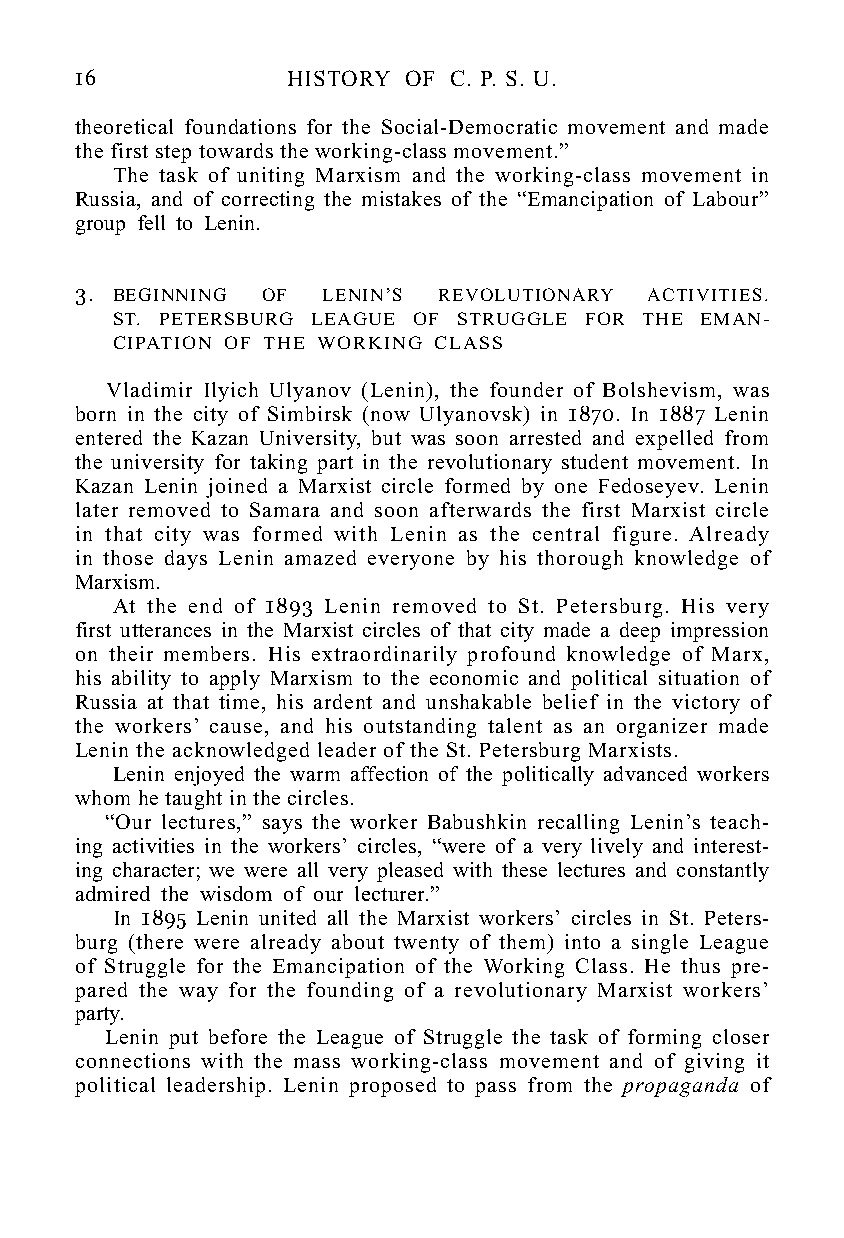
16            HISTORY OF C. P. S. U.
 theoretical foundations for the Social-Democratic movement and made
 the first step towards the working-class movement.”
 The task of uniting Marxism and the working-class movement in
 Russia, and of correcting the mistakes of the “Emancipation of Labour”
 group fell to Lenin.
 3. BEGINNING OF LENIN’S REVOLUTIONARY ACTIVITIES.
 ST. PETERSBURG LEAGUE OF STRUGGLE FOR THE EMAN-
 CIPATION OF THE WORKING CLASS
 Vladimir Ilyich Ulyanov (Lenin), the founder of Bolshevism, was
 born in the city of Simbirsk (now Ulyanovsk) in 1870. In 1887 Lenin
 entered the Kazan University, but was soon arrested and expelled from
 the university for taking part in the revolutionary student movement. In
 Kazan Lenin joined a Marxist circle formed by one Fedoseyev. Lenin
 later removed to Samara and soon afterwards the first Marxist circle
 in that city was formed with Lenin as the central figure. Already
 in those days Lenin amazed everyone by his thorough knowledge of
 Marxism.
 At the end of 1893 Lenin removed to St. Petersburg. His very
 first utterances in the Marxist circles of that city made a deep impression
 on their members. His extraordinarily profound knowledge of Marx,
 his ability to apply Marxism to the economic and political situation of
 Russia at that time, his ardent and unshakable belief in the victory of
 the workers’ cause, and his outstanding talent as an organizer made
 Lenin the acknowledged leader of the St. Petersburg Marxists.
 Lenin enjoyed the warm affection of the politically advanced workers
 whom he taught in the circles.
 “Our lectures,” says the worker Babushkin recalling Lenin’s teach-
 ing activities in the workers’ circles, “were of a very lively and interest-
 ing character; we were all very pleased with these lectures and constantly
 admired the wisdom of our lecturer.”
 In 1895 Lenin united all the Marxist workers’ circles in St. Peters-
 burg (there were already about twenty of them) into a single League
 of Struggle for the Emancipation of the Working Class. He thus pre-
 pared the way for the founding of a revolutionary Marxist workers’
 party.
 Lenin put before the League of Struggle the task of forming closer
 connections with the mass working-class movement and of giving it
 political leadership. Lenin proposed to pass from the propaganda of